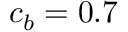
c _ { b } = 0 . 7